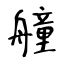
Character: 艟